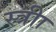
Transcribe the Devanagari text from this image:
स्त्रीा